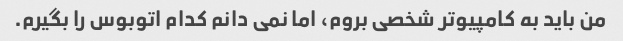
من باید به کامپیوتر شخصی بروم، اما نمی دانم کدام اتوبوس را بگیرم.